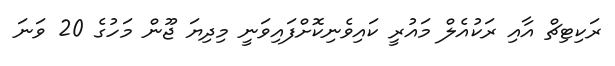
ރަކިޓިޗް އާއި ރަކުއެލް މައުރީ ކައިވެނިކޮށްފައިވަނީ މިދިޔަ ޖޫން މަހުގެ 20 ވަނަ